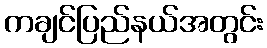
ကချင်ပြည်နယ်အတွင်း